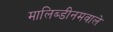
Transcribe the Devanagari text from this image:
मालिब्डीनमवाले